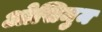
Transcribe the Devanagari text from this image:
ओसिमुम